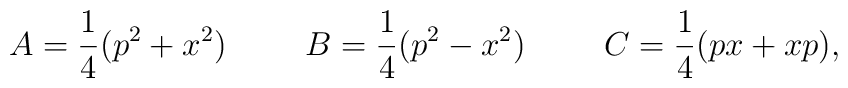
A=\frac{1}{4}(p^{2}+x^{2})\hspace{1 cm}B=\frac{1}{4}(p^{2}-x^{2}) \hspace{1 cm} C=\frac{1}{4}(px+xp),